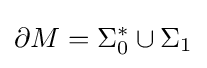
\partial M=\Sigma _{0}^{*}\cup \Sigma _{1}